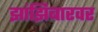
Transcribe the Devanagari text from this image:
झांझिबारवर